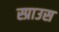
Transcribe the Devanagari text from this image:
स्प्राउस